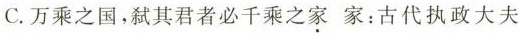
C.万乘之国，弑其君者必千乘之家家：古代执政大夫